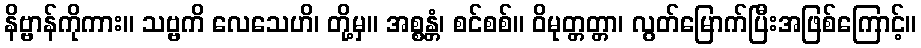
နိဗ္ဗာန်ကိုကား။ သဗ္ဗကိ လေသေဟိ၊ တို့မှ။ အစ္စန္တံ၊ စင်စစ်။ ဝိမုတ္တတ္တာ၊ လွတ်မြောက်ပြီးအဖြစ်ကြောင့်။